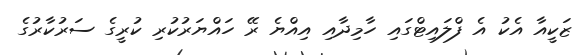
ޒަކީއާ އެކު އެ ފްލައިޓްގައި ހާމިދާއި އިއްޔެ ރޭ ހައްޔަރުކުރި ކުރީގެ ސަރުކާރުގެ